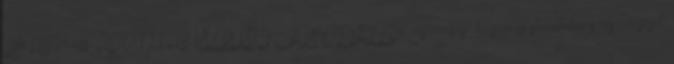
Life 28 Veress, 2009.11.28 VÁLLALATI CÉLMODELLEK részvényesi tulajdonosi shareholders részvényesek